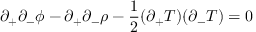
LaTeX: \partial _ { + } \partial _ { - } \phi - \partial _ { + } \partial _ { - } \rho - \frac { 1 } { 2 } ( \partial _ { + } T ) ( \partial _ { - } T ) = 0